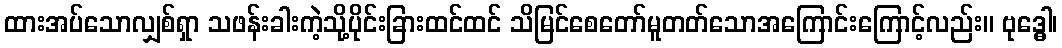
ထားအပ်သောလျှစ်ရှာ သဖန်းခါးကဲ့သို့ပိုင်းခြားထင်ထင် သိမြင်စေတော်မူတတ်သောအကြောင်းကြောင့်လည်း။ ဗုဒ္ဓေါ၊